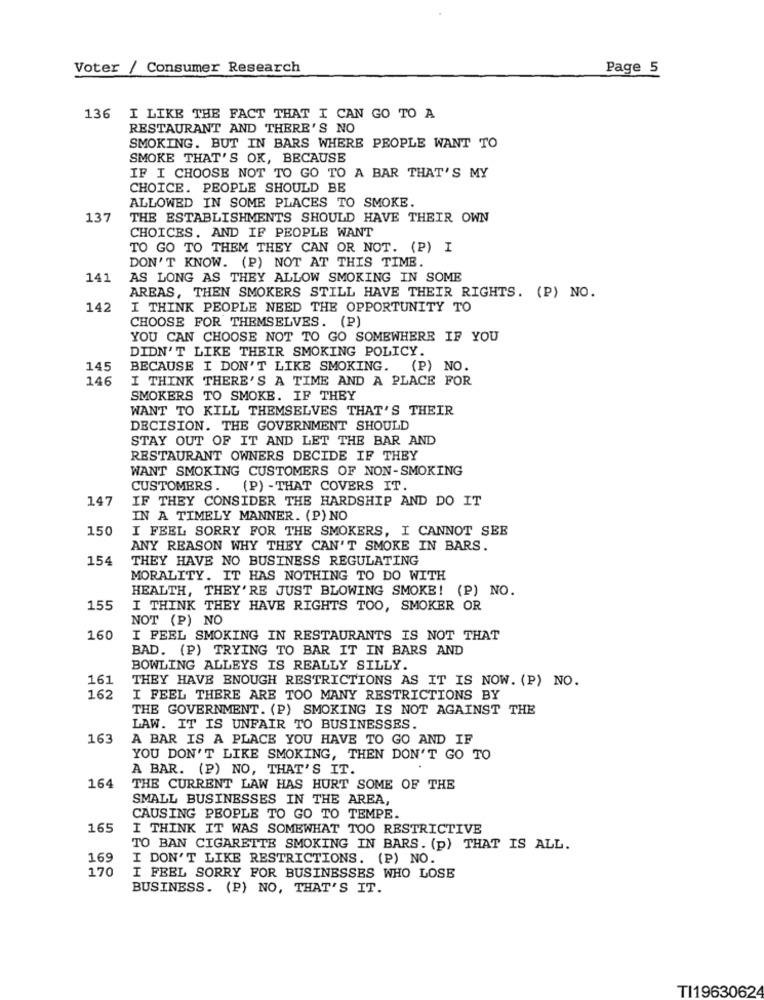
Voter / Consumer Research
Page 5
136
I LIKE THE FACT THAT I CAN GO TO A
RESTAURANT AND THERE'S NO
SMOKING. BUT IN BARS WHERE PEOPLE WANT TO
SMOKE THAT'S OK, BECAUSE
IF I CHOOSE NOT TO GO TO A BAR THAT'S MY
CHOICE. PEOPLE SHOULD BE
ALLOWED IN SOME PLACES TO SMOKE.
137
THE ESTABLISHMENTS SHOULD HAVE THEIR OWN
CHOICES. AND IF PEOPLE WANT
TO GO TO THEM THEY CAN OR NOT. (P) I
DON'T KNOW. (P) NOT AT THIS TIME.
141
AS LONG AS THEY ALLOW SMOKING IN SOME
AREAS, THEN SMOKERS STILL HAVE THEIR RIGHTS. (P) NO.
142
I THINK PEOPLE NEED THE OPPORTUNITY TO
CHOOSE FOR THEMSELVES. (P)
YOU CAN CHOOSE NOT TO GO SOMEWHERE IF YOU
DIDN'T LIKE THEIR SMOKING POLICY.
145
BECAUSE I DON'T LIKE SMOKING. (P) NO.
146
I THINK THERE'S A TIME AND A PLACE FOR
SMOKERS TO SMOKE. IF THEY
WANT TO KILL THEMSELVES THAT'S THEIR
DECISION. THE GOVERNMENT SHOULD
STAY OUT OF IT AND LET THE BAR AND
RESTAURANT OWNERS DECIDE IF THEY
WANT SMOKING CUSTOMERS OF NON-SMOKING
CUSTOMERS. (P) -THAT COVERS IT.
147
IF THEY CONSIDER THE HARDSHIP AND DO IT
IN A TIMELY MANNER. (P) NO
150
I FEEL SORRY FOR THE SMOKERS, I CANNOT SEE
ANY REASON WHY THEY CAN'T SMOKE IN BARS.
154
THEY HAVE NO BUSINESS REGULATING
MORALITY. IT HAS NOTHING TO DO WITH
HEALTH, THEY'RE JUST BLOWING SMOKE! (P) NO.
155
I THINK THEY HAVE RIGHTS TOO, SMOKER OR
NOT (P) NO
160
I FEEL SMOKING IN RESTAURANTS IS NOT THAT
BAD. (P) TRYING TO BAR IT IN BARS AND
BOWLING ALLEYS IS REALLY SILLY.
161
THEY HAVE ENOUGH RESTRICTIONS AS IT IS NOW. (P) NO.
162
I FEEL THERE ARE TOO MANY RESTRICTIONS BY
THE GOVERNMENT. (P) SMOKING IS NOT AGAINST THE
LAW. IT IS UNFAIR TO BUSINESSES.
163
A BAR IS A PLACE YOU HAVE TO GO AND IF
YOU DON'T LIKE SMOKING, THEN DON'T GO TO
A BAR. (P) NO, THAT'S IT.
164
THE CURRENT LAW HAS HURT SOME OF THE
SMALL BUSINESSES IN THE AREA,
CAUSING PEOPLE TO GO TO TEMPE.
165
I THINK IT WAS SOMEWHAT TOO RESTRICTIVE
TO BAN CIGARETTE SMOKING IN BARS. (p) THAT IS ALL.
169
I DON'T LIKE RESTRICTIONS. (P) NO.
170
I FEEL SORRY FOR BUSINESSES WHO LOSE
BUSINESS. (P) NO, THAT'S IT.
TI1963062